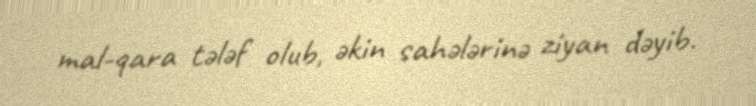
mal-qara tələf olub, əkin sahələrinə ziyan dəyib.